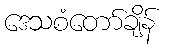
ဒေသစံတော်ချိန်